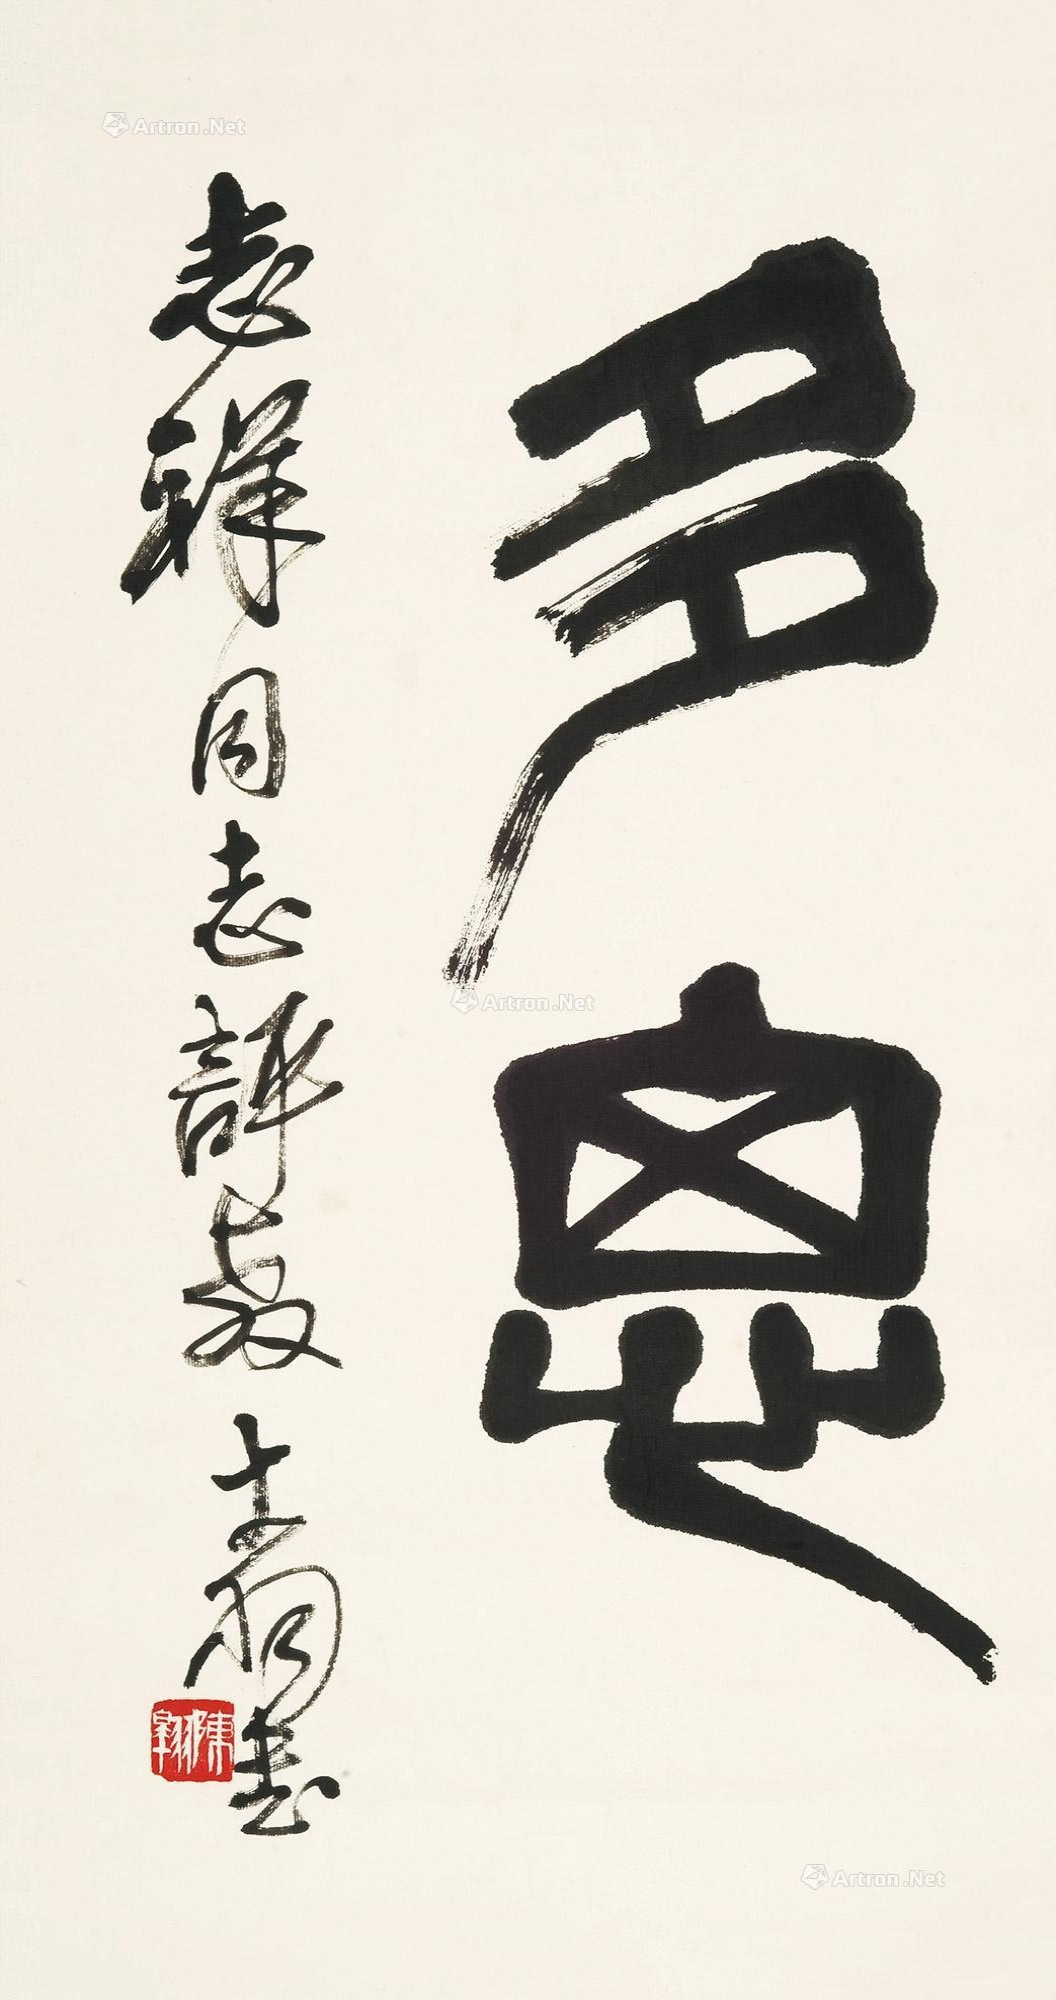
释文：多思。志祥同志评教。大羽书。